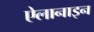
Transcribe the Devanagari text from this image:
ऐलानाइन